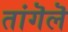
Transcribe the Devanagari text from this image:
तांगॆलॆ